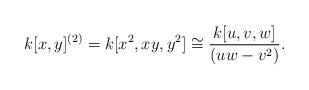
LaTeX: \begin{align*} k[x,y]^{(2)} = k[x^2,xy,y^2] \cong \frac{k[u,v,w]}{(uw-v^2)}. \end{align*}